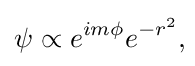
\psi \propto e^{im\phi }e^{-r^{2}},\!